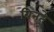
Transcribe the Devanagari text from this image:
बिनते